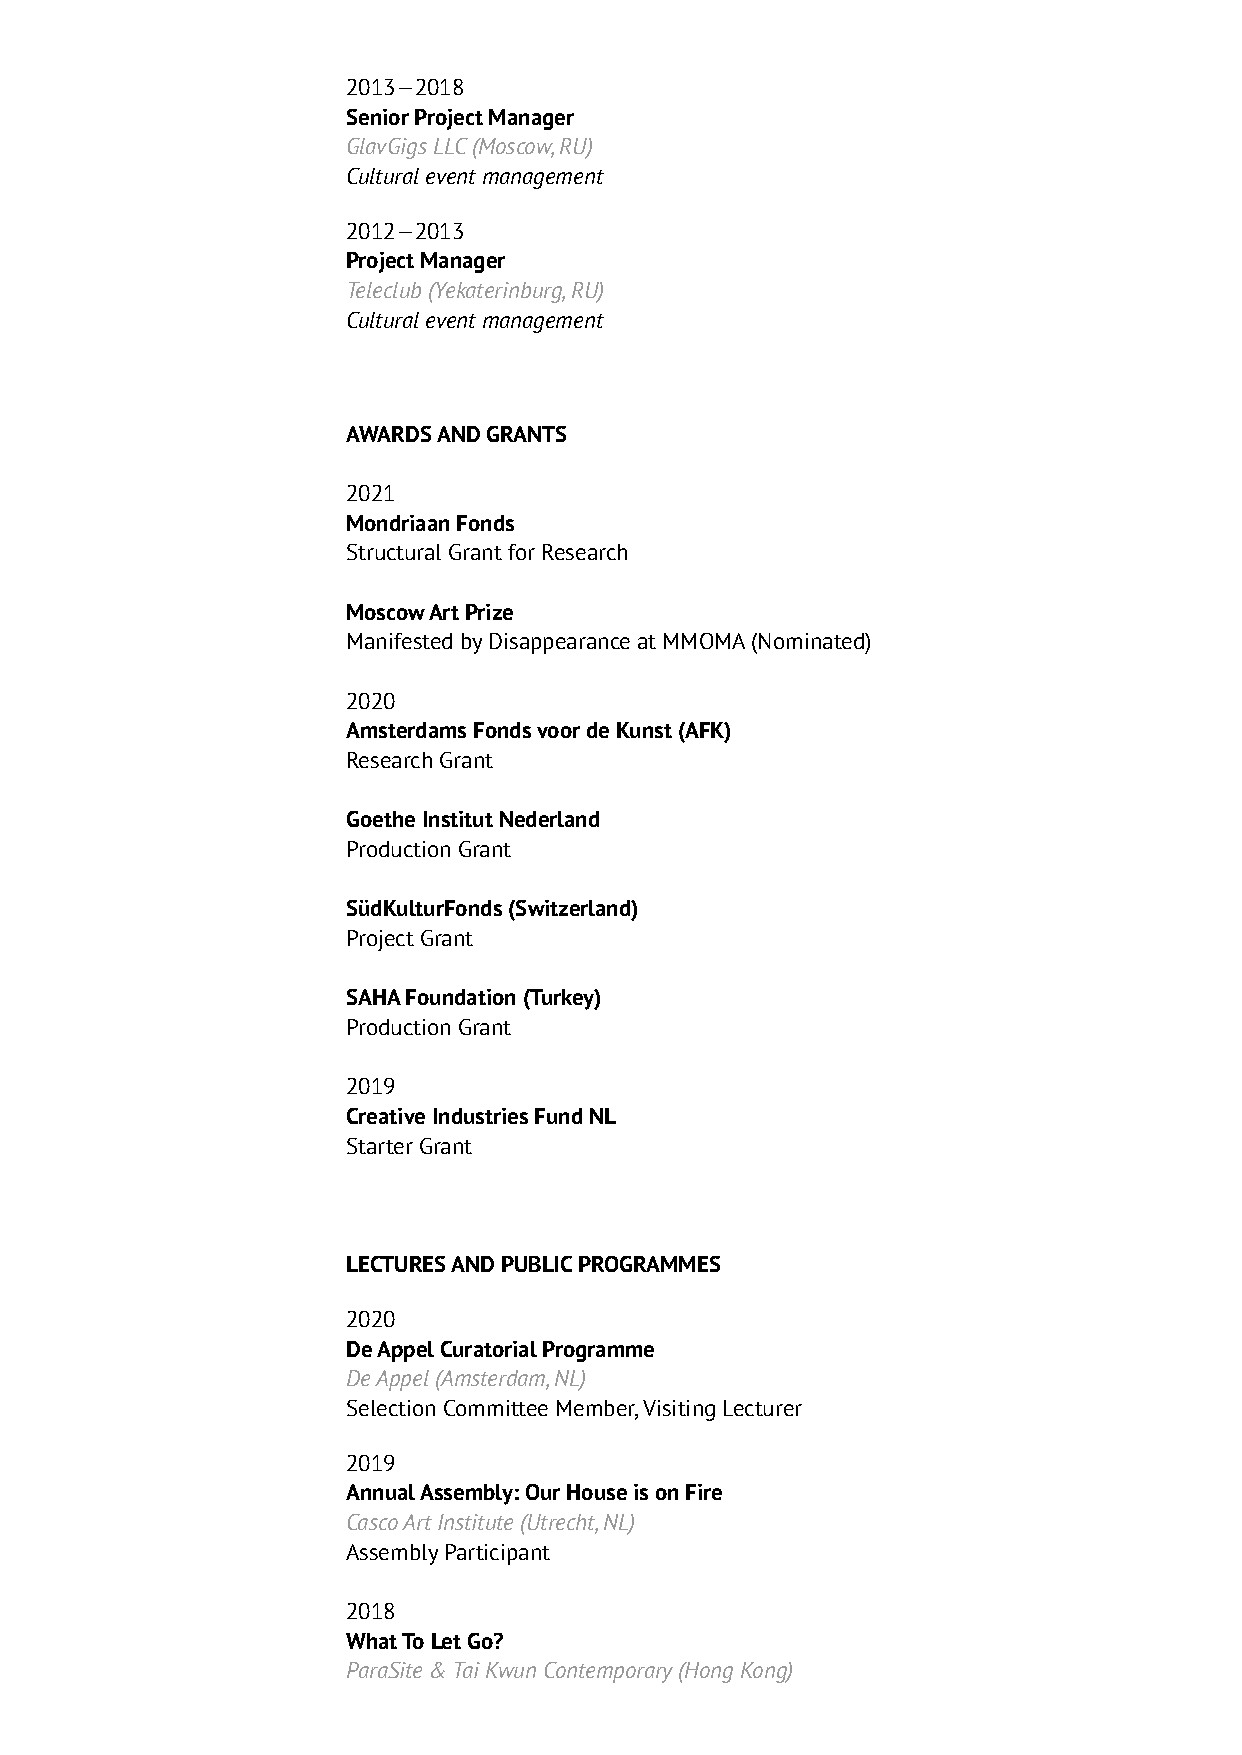
2013—2018
 Senior Project Manager
 GlavGigs LLC (Moscow, RU)
 Cultural event management
 2012—2013
 Project Manager
 Teleclub (Yekaterinburg, RU)
 Cultural event management
 AWARDS AND GRANTS
 2021
 Mondriaan Fonds
 Structural Grant for Research
 Moscow Art Prize
 Manifested by Disappearance at MMOMA (Nominated)
 2020
 Amsterdams Fonds voor de Kunst (AFK)
 Research Grant
 Goethe Institut Nederland
 Production Grant
 SüdKulturFonds (Switzerland)
 Project Grant
 SAHA Foundation (Turkey)
 Production Grant
 2019
 Creative Industries Fund NL
 Starter Grant
 LECTURES AND PUBLIC PROGRAMMES
 2020
 De Appel Curatorial Programme
 De Appel (Amsterdam, NL)
 Selection Committee Member, Visiting Lecturer
 2019
 Annual Assembly: Our House is on Fire
 Casco Art Institute (Utrecht, NL)
 Assembly Participant
 2018
 What To Let Go?
 ParaSite & Tai Kwun Contemporary (Hong Kong)